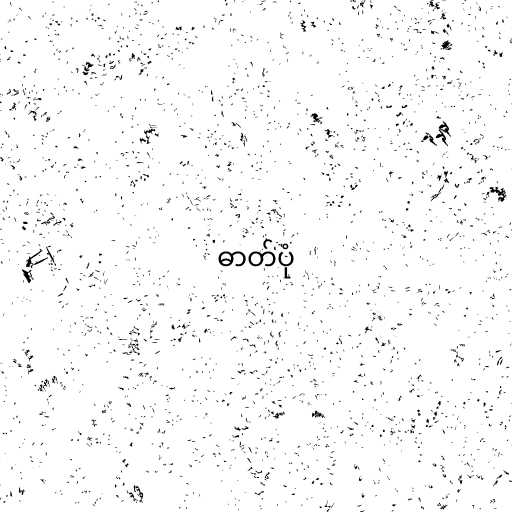
ဓာတ်ပုံ